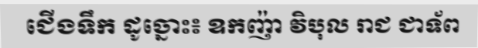
ជើងទឹក ដូច្នោះ៖ ឧកញ៉ា វិបុល រាជ ជាទ័ព